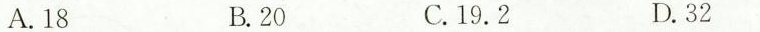
A.18 B.20 C.19.2 D.32